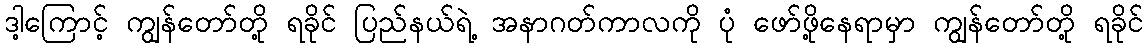
ဒါ့ကြောင့် ကျွန်တော်တို့ ရခိုင် ပြည်နယ်ရဲ့ အနာဂတ်ကာလကို ပုံ ဖော်ဖို့နေရာမှာ ကျွန်တော်တို့ ရခိုင်